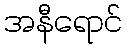
အနီရောင်